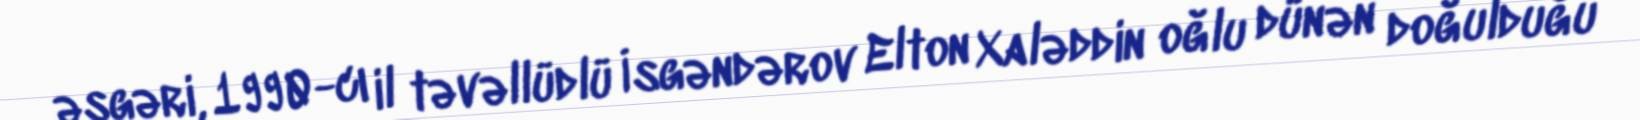
əsgəri, 1990-cı il təvəllüdlü İsgəndərov Elton Xaləddin oğlu dünən doğulduğu